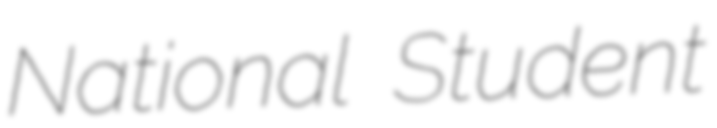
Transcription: National Student